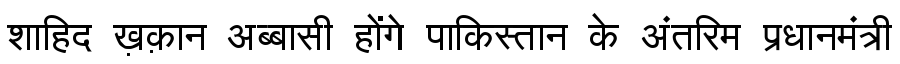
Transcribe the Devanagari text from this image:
शाहिद ख़क़ान अब्बासी होंगे पाकिस्तान के अंतरिम प्रधानमंत्री